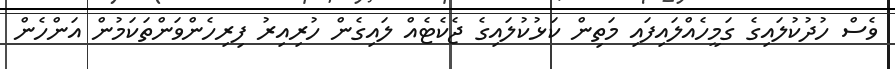
ވެސް ހުދުކުލައިގެ ގަމީހެއްލައިފައި މަތިން ކަޅުކުލައިގެ ޖެކެޓެއް ލައިގެން ހުރިއިރު ފިރިހެންވަންތަކަމުން އަންހެން